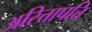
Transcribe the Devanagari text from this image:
अरित्तापत्ति